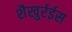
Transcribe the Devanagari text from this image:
शैखुर्रईस